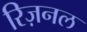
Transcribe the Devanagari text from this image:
रिज़नल